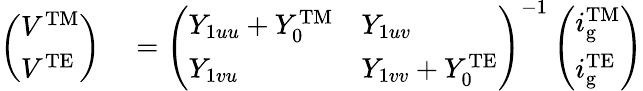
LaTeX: \begin{array}{rl}{\left(\begin{array}{l}{V^{\mathrm{TM}}}\\ {V^{\mathrm{TE}}}\end{array}\right)}&{{}=\left(\begin{array}{ll}{Y_{1uu}+Y_{0}^{\mathrm{TM}}}&{Y_{1uv}}\\ {Y_{1vu}}&{Y_{1vv}+Y_{0}^{\mathrm{TE}}}\end{array}\right)^{-1}\left(\begin{array}{l}{i_{\mathrm{g}}^{\mathrm{TM}}}\\ {i_{\mathrm{g}}^{\mathrm{TE}}}\end{array}\right)}\end{array}